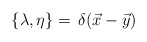
\begin{align*}\{ \lambda , \eta \} = \,\delta(\vec x - \vec y)\end{align*}